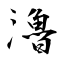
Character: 瀂